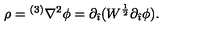
\rho = { } ^ { ( 3 ) } \nabla ^ { 2 } \phi = \partial _ { \hat { \imath } } ( W ^ { \frac { 1 } { 2 } } \partial _ { \hat { \imath } } \phi ) .